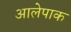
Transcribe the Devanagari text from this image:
आलेपाक